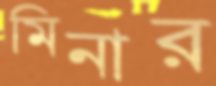
মিনার